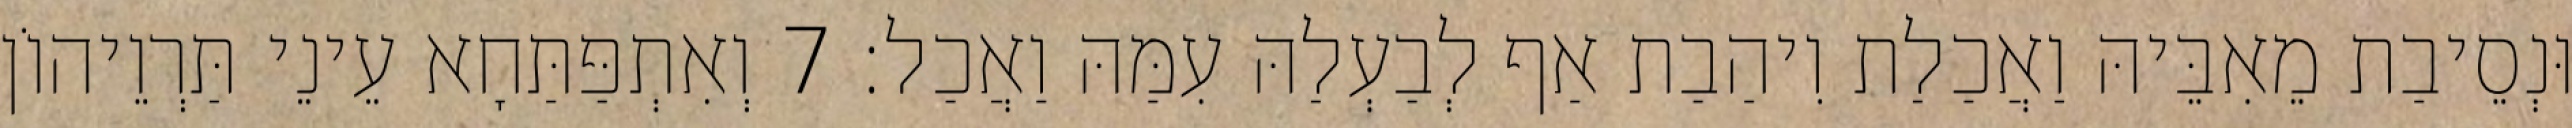
וּנְסֵיבַת מֵאִבֵּיהּ וַאֲכַלַת וִיהַבַת אַף לְבַעְלַהּ עִמַּהּ וַאֲכַל׃ 7 וְאִתְפַּתַּחָא עֵינֵי תַּרְוֵיהוֹן